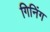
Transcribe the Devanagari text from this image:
गिनिंग